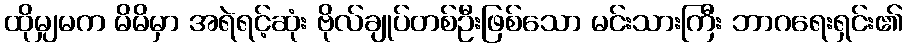
ထိုမျှမက မိမိမှာ အရဲရင့်ဆုံး ဗိုလ်ချုပ်တစ်ဦးဖြစ်သော မင်းသားကြီး ဘာဂရေးရှင်း၏